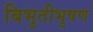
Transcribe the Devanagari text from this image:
बिभुतीभुषण